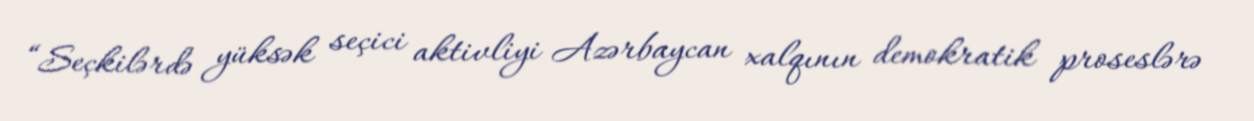
“Seçkilərdə yüksək seçici aktivliyi Azərbaycan xalqının demokratik proseslərə